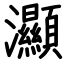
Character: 灦